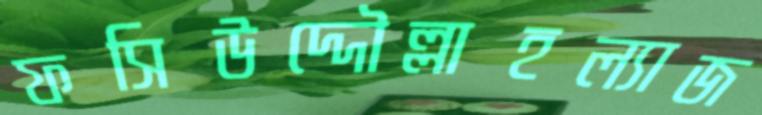
ফসিউদ্দৌল্লাহল্যাজ